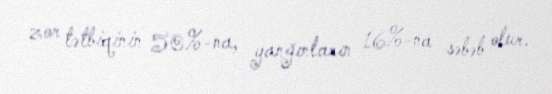
zor tətbiqinin 50%-na, yanğınların 16%-na səbəb olur.